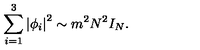
\sum _ { i = 1 } ^ { 3 } \left| \phi _ { i } \right| ^ { 2 } \sim m ^ { 2 } N ^ { 2 } I _ { N } .